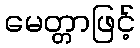
မေတ္တာဖြင့်